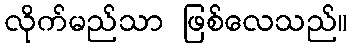
လိုက်မည်သာ ဖြစ်လေသည်။